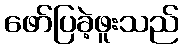
ဖော်ပြခဲ့ဖူးသည်